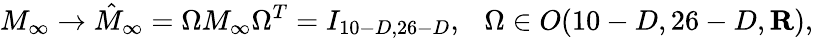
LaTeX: M_{\infty}\to\hat{M}_{\infty}=\Omega M_{\infty}\Omega^{T}=I_{10-D,26-D},\ \ \ \Omega\in O(10-D,26-D,{\mathbf R}),